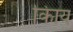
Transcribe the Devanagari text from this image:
किाय